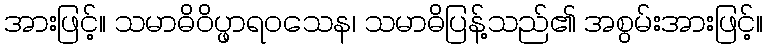
အားဖြင့်။ သမာဓိဝိပ္ဖာရဝသေန၊ သမာဓိပြန့်သည်၏ အစွမ်းအားဖြင့်။